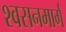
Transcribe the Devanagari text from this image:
श्‍वसनमार्ग